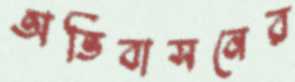
অভিবাসনের